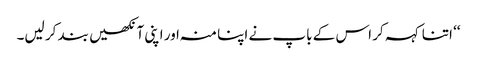
‘‘ اتنا کہہ کر اس کے باپ نے اپنا منہ اور اپنی آنکھیں بند کر لیں۔